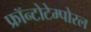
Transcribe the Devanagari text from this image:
फ्रॉन्टोटेम्पोरल